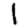
Digit: 1